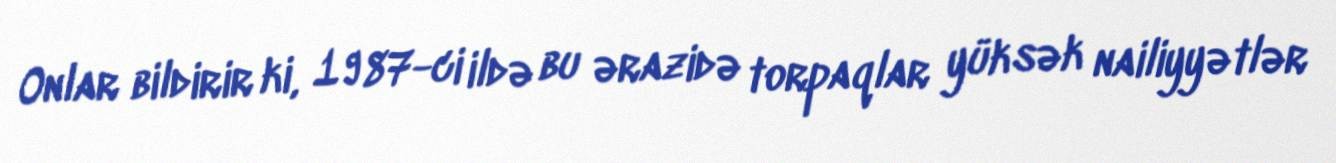
Onlar bildirir ki, 1987-ci ildə bu ərazidə torpaqlar yüksək nailiyyətlər